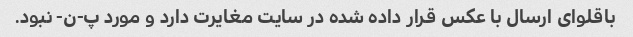
باقلوای ارسال با عکس قرار داده شده در سایت مغایرت دارد و مورد پ-ن- نبود.